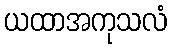
ယထာအကုသလံ